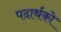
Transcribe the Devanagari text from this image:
पदार्थको